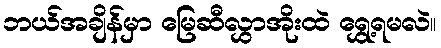
ဘယ်အချိန်မှာ မြေဆီလွှာအိုးထဲ ရွှေ့ရမလဲ။